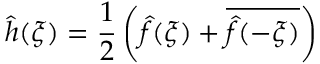
{ \hat { h } } ( \xi ) = { \frac { 1 } { 2 } } \left( { \hat { f } } ( \xi ) + { \overline { { { \hat { f } } ( - \xi ) } } } \right)